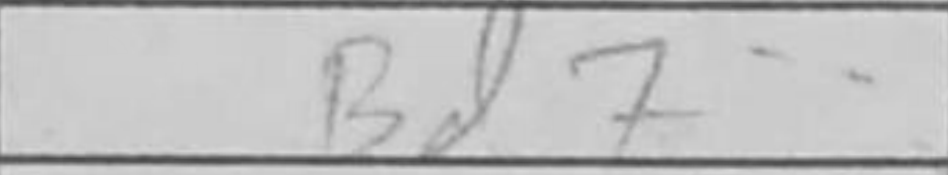
Transcription: Bd7